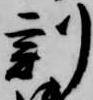
刻